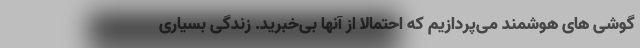
گوشی های هوشمند می‌پردازیم که احتمالا از آنها بی‌خبرید. زندگی بسیاری